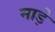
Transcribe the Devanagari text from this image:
नाड़े